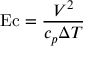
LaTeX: \mathrm { E c } = { \frac { V ^ { 2 } } { c _ { p } \Delta T } }